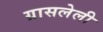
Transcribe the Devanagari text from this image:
ग्रासलेली